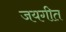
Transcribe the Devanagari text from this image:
जयगीत